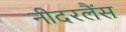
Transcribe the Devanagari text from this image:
नीदरलैंस